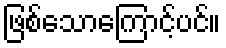
ဖြစ်သောကြောင့်ပင်။